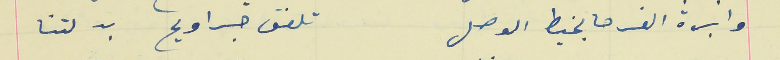
وابرة الفرحه بخيط الوصل                                        تلفق جراويح بدلتنا